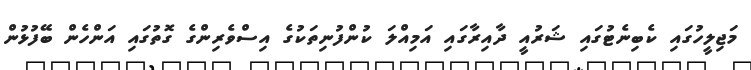
މަޖިލީހުގައި ކެބިނެޓުގައި ޝަރުއީ ދާއިރާގައި އަމިއްލަ ކުންފުނިތަކުގެ އިސްވެރިންގެ ގޮތުގައި އަންހެން ބޭފުޅުން